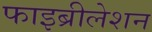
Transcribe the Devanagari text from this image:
फाइब्रीलेशन